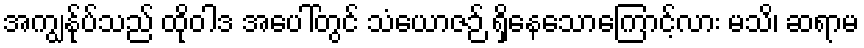
အကျွန်ုပ်သည် ထိုဝါဒ အပေါ်တွင် သံယောဇဉ် ရှိနေသောကြောင့်လား မသိ၊ ဆရာမ